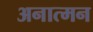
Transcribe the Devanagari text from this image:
अनात्मन